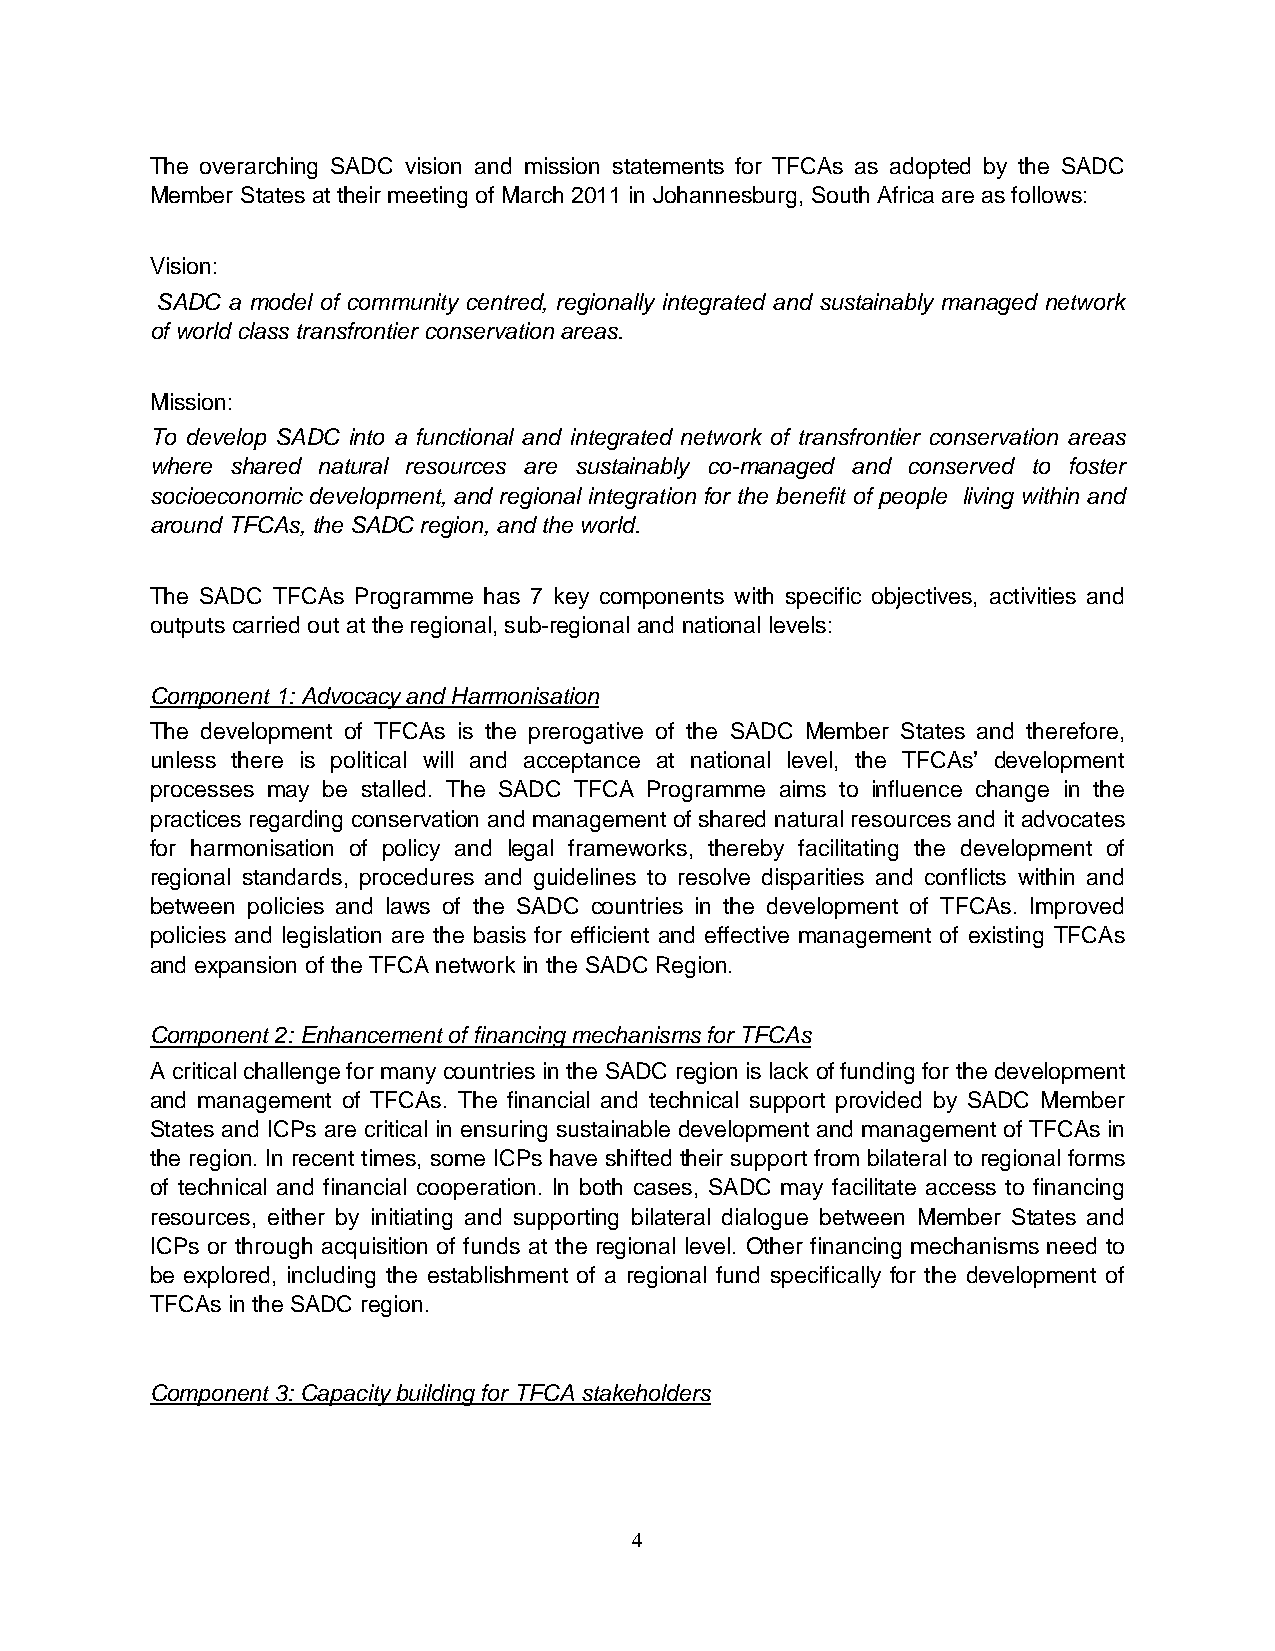
The overarching SADC vision and mission statements for TFCAs as adopted by the SADC
 Member States at their meeting of March 2011 in Johannesburg, South Africa are as follows:
 Vision:
 SADC a model of community centred, regionally integrated and sustainably managed network
 of world class transfrontier conservation areas.
 Mission:
 To develop SADC into a functional and integrated network of transfrontier conservation areas
 where shared natural resources are sustainably co-managed and conserved to foster
 socioeconomic development, and regional integration for the benefit of people living within and
 around TFCAs, the SADC region, and the world.
 The SADC TFCAs Programme has 7 key components with specific objectives, activities and
 outputs carried out at the regional, sub-regional and national levels:
 Component 1: Advocacy and Harmonisation
 The development of TFCAs is the prerogative of the SADC Member States and therefore,
 unless there is political will and acceptance at national level, the TFCAs’ development
 processes may be stalled. The SADC TFCA Programme aims to influence change in the
 practices regarding conservation and management of shared natural resources and it advocates
 for harmonisation of policy and legal frameworks, thereby facilitating the development of
 regional standards, procedures and guidelines to resolve disparities and conflicts within and
 between policies and laws of the SADC countries in the development of TFCAs. Improved
 policies and legislation are the basis for efficient and effective management of existing TFCAs
 and expansion of the TFCA network in the SADC Region.
 Component 2: Enhancement of financing mechanisms for TFCAs
 A critical challenge for many countries in the SADC region is lack of funding for the development
 and management of TFCAs. The financial and technical support provided by SADC Member
 States and ICPs are critical in ensuring sustainable development and management of TFCAs in
 the region. In recent times, some ICPs have shifted their support from bilateral to regional forms
 of technical and financial cooperation. In both cases, SADC may facilitate access to financing
 resources, either by initiating and supporting bilateral dialogue between Member States and
 ICPs or through acquisition of funds at the regional level. Other financing mechanisms need to
 be explored, including the establishment of a regional fund specifically for the development of
 TFCAs in the SADC region.
 Component 3: Capacity building for TFCA stakeholders
 4